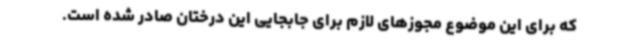
که برای این موضوع مجوزهای لازم برای جابجایی این درختان صادر شده است.